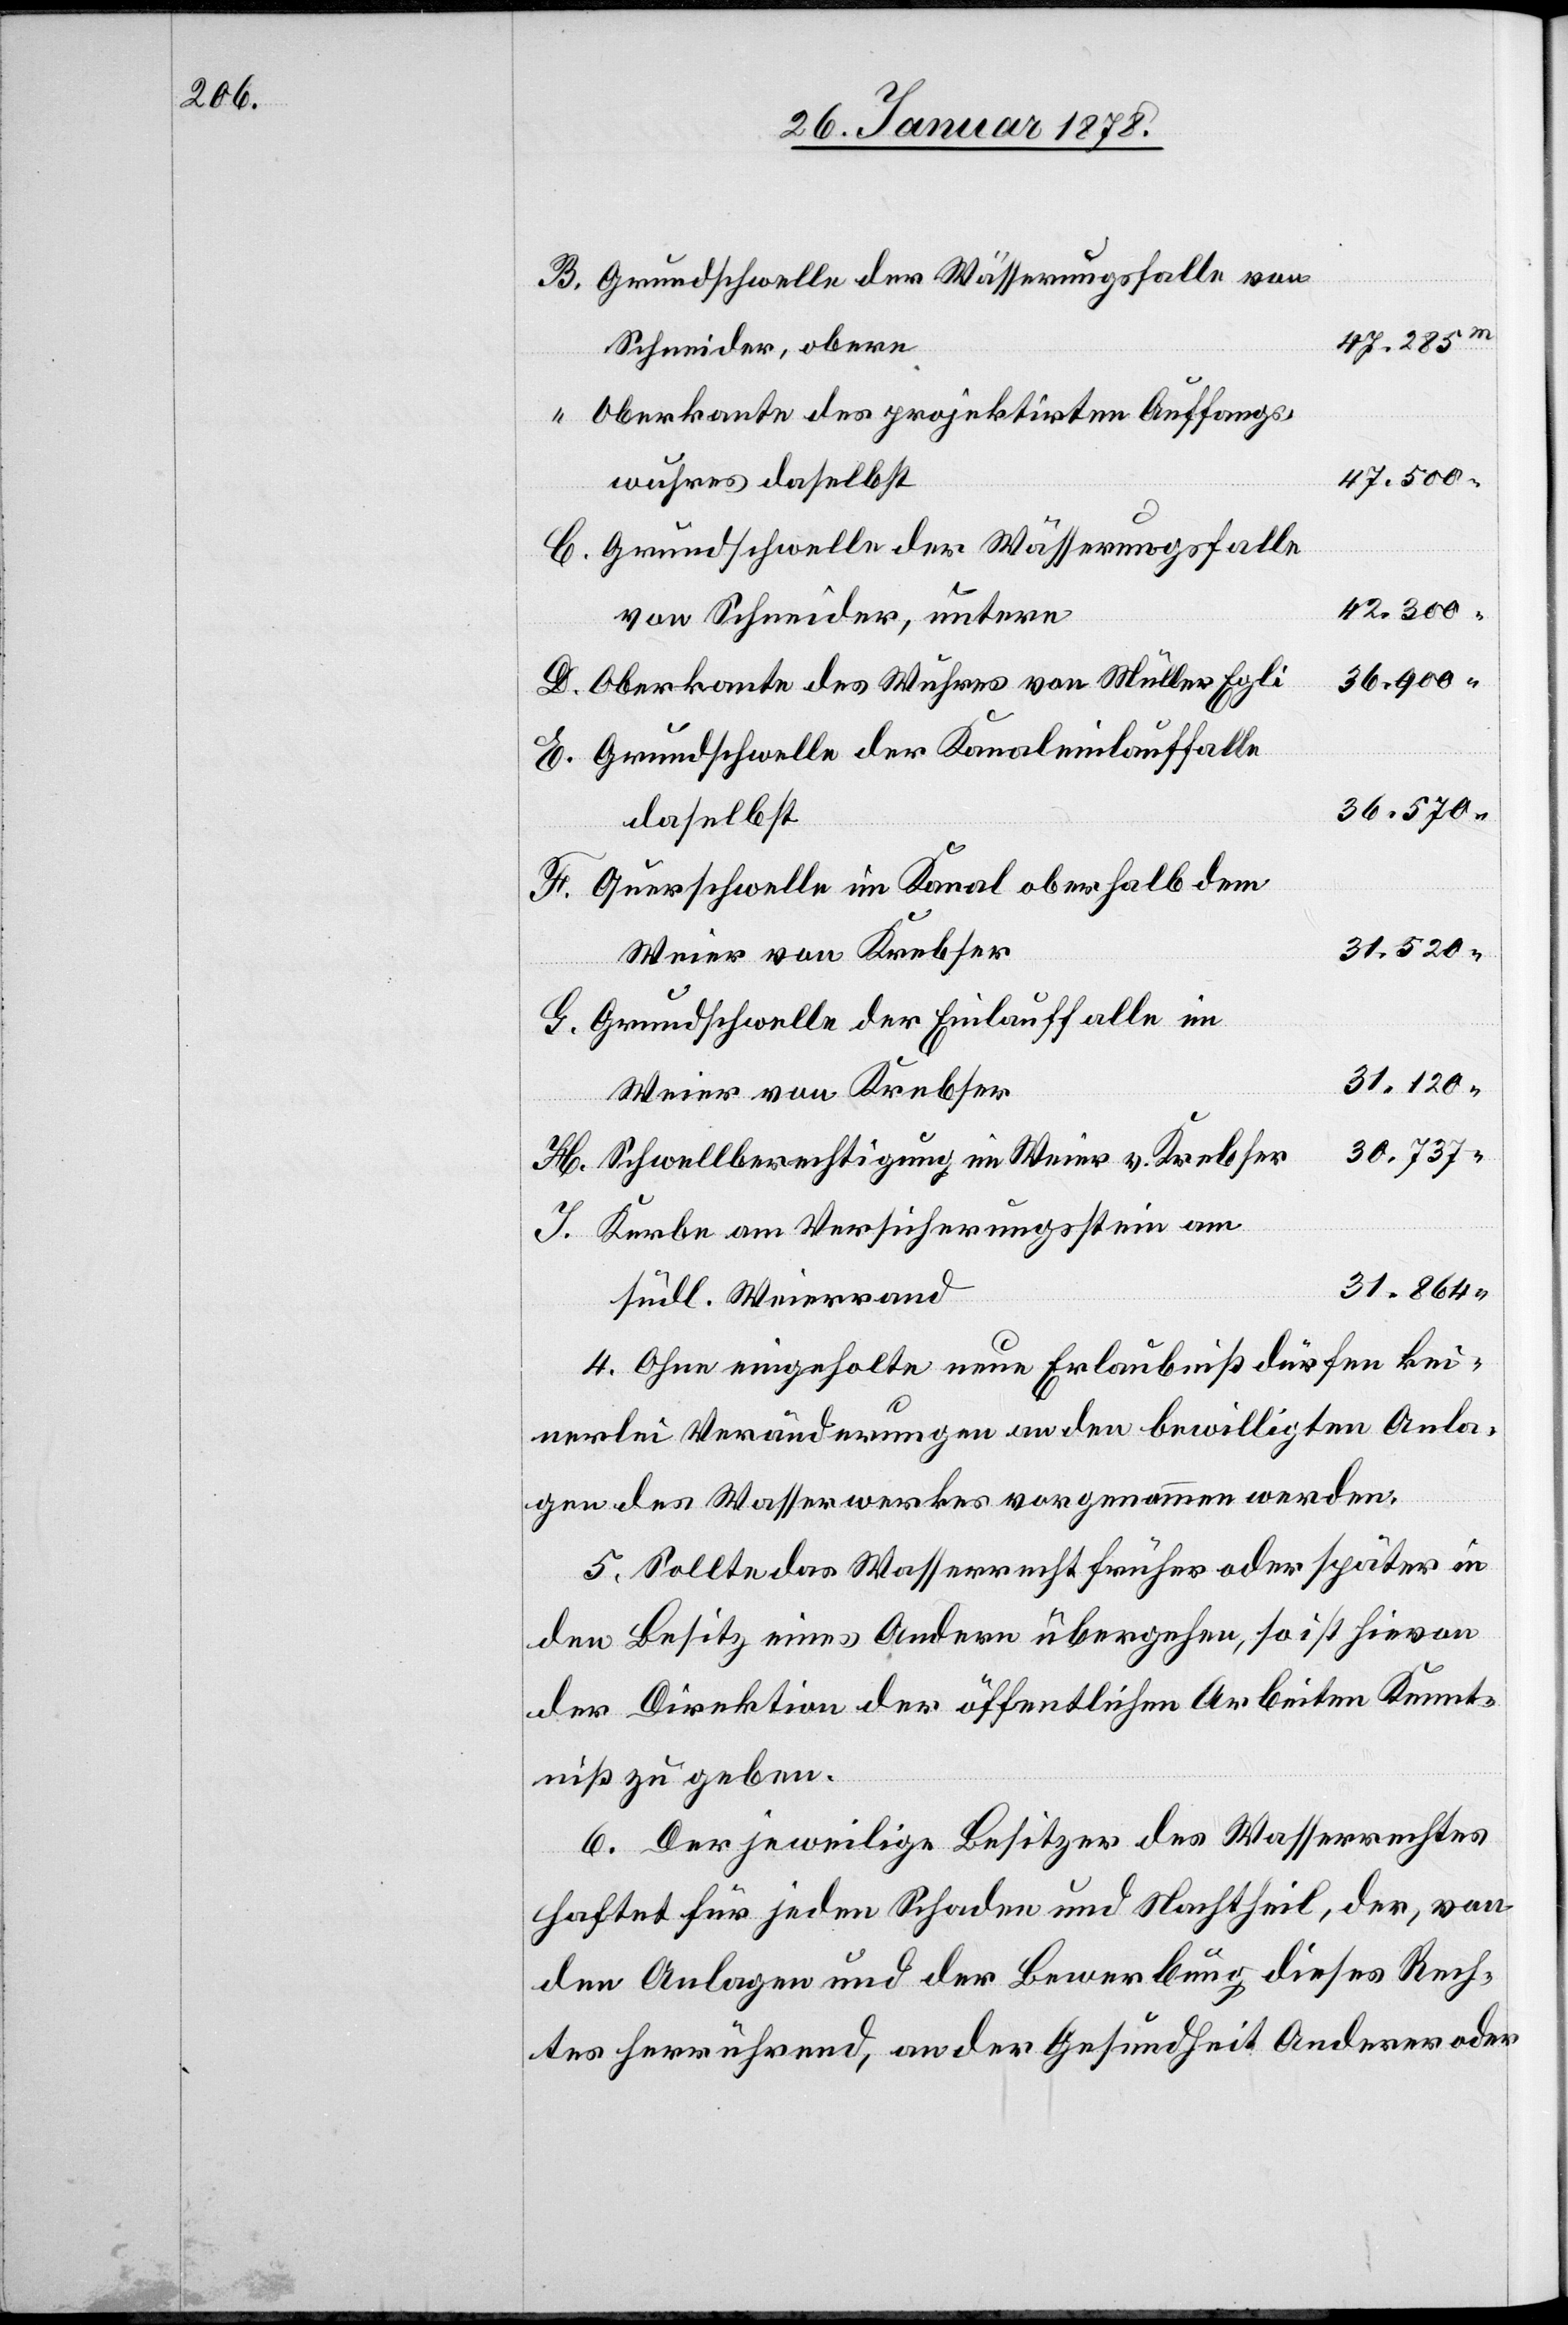
B. Grundschwelle der Wässerungsfalle von
47. 285 m
Schneider, obere
“ Oberkante des projektirten Auffangs¬
47. 500 “
wuhres daselbst
C. Grundschwelle der Wässerungsfalle
42. 300 “
von Schneider, untere
36. 900 “
D. Oberkante des Wuhres von Müller Egli
E. Grundschwelle der Kanaleinlauffalle
36. 570
daselbst
F. Querschwelle im Kanal oberhalb dem
31. 520
G. Grundschwelle der Einlauffalle im
31. 120
Weier von Krebser
30. 737 “
H. Schwellberechtigung im Weier v. Krebser
Kerbe am Versicherungsstein am
31. 864 “
südl. Weierrand
4. Ohne eingeholte neue Erlaubniß dürfen kei¬
nerlei Veränderungen an den bewilligten Anla¬
gen des Wasserwerkes vorgenommen werden.
5. Sollte das Wasserrecht früher oder später in
den Besitz eines Andern übergehen, so ist hievon
der Direktion der öffentlichen Arbeiten Kennt¬
niß zu geben.
6. Der jeweilige Besitzer des Wasserrechtes
haftet für jeden Schaden und Nachtheil, der, von
den Anlagen und der Bewerbung dieses Rech¬
tes herrührend, an der Gesundheit Anderer oder